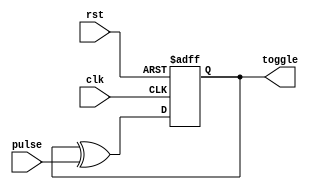
module pulse_to_toggle
(
    input      clk,
    input      rst,
    input      pulse,
    output reg toggle
);

    always @ (posedge clk or posedge rst)
        if (rst)
            toggle <= 0;
        else
            toggle <= toggle ^ pulse;

endmodule